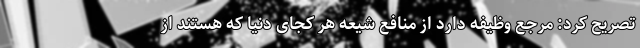
تصریح کرد: مرجع وظیفه دارد از منافع شیعه هر کجای دنیا که هستند از